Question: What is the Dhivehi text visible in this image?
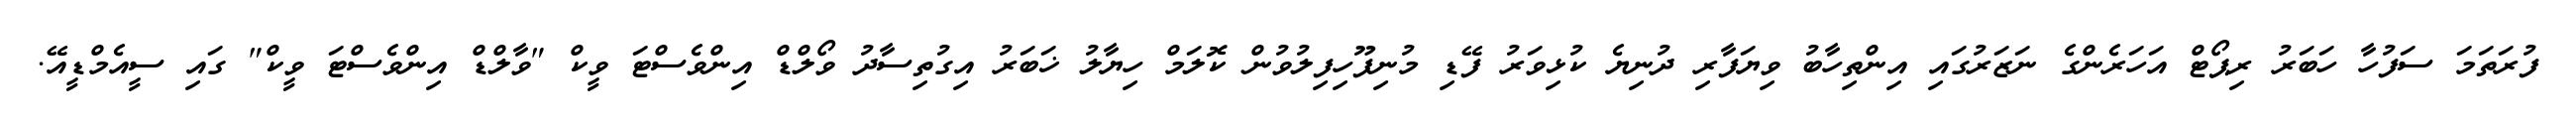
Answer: ފުރަތަމަ ސަފުހާ ހަބަރު ރިޕޯޓް އަހަރެންގެ ނަޒަރުގައި އިންތިހާބު ވިޔަފާރި ދުނިޔެ ކުޅިވަރު ފޭޑި މުނިފޫހިފިލުވުން ކޮލަމް ހިޔާލު ޚަބަރު އިގުތިސާދު ވޯލްޑް އިންވެސްޓަ ވީކް "ވާލްޑް އިންވެސްޓަ ވީކް" ގައި ސީއެމްޑީއޭ.